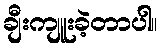
ချီးကျူးခဲ့တာပါ။